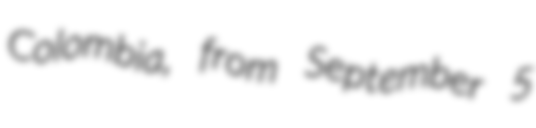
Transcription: Colombia, from September 5